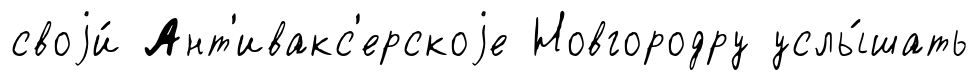
своjи́ Ант'ивакс'ерскоjе Новгородру услы́шать